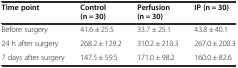
| Time point | Control (n = 30) | Perfusion (n = 30) | IP (n = 30) |
 | --- | --- | --- | --- |
 | Before surgery | 41.6 ± 25.5 | 33.7 ± 25.1 | 43.8 ± 40.1 |
 | 24 h after surgery | 268.2 ± 129.2 | 310.2 ± 210.3 | 267.0 ± 200.3 |
 | 7 days after surgery | 147.5 ± 59.5 | 171.0 ± 98.2 | 160.0 ± 82.6 |